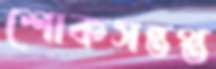
শোকসন্তপ্ত